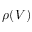
\rho ( V )